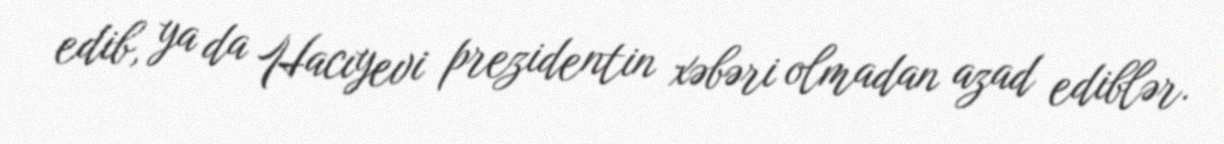
edib, ya da Hacıyevi prezidentin xəbəri olmadan azad ediblər.